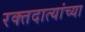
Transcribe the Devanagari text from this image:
रक्तदात्यांच्या